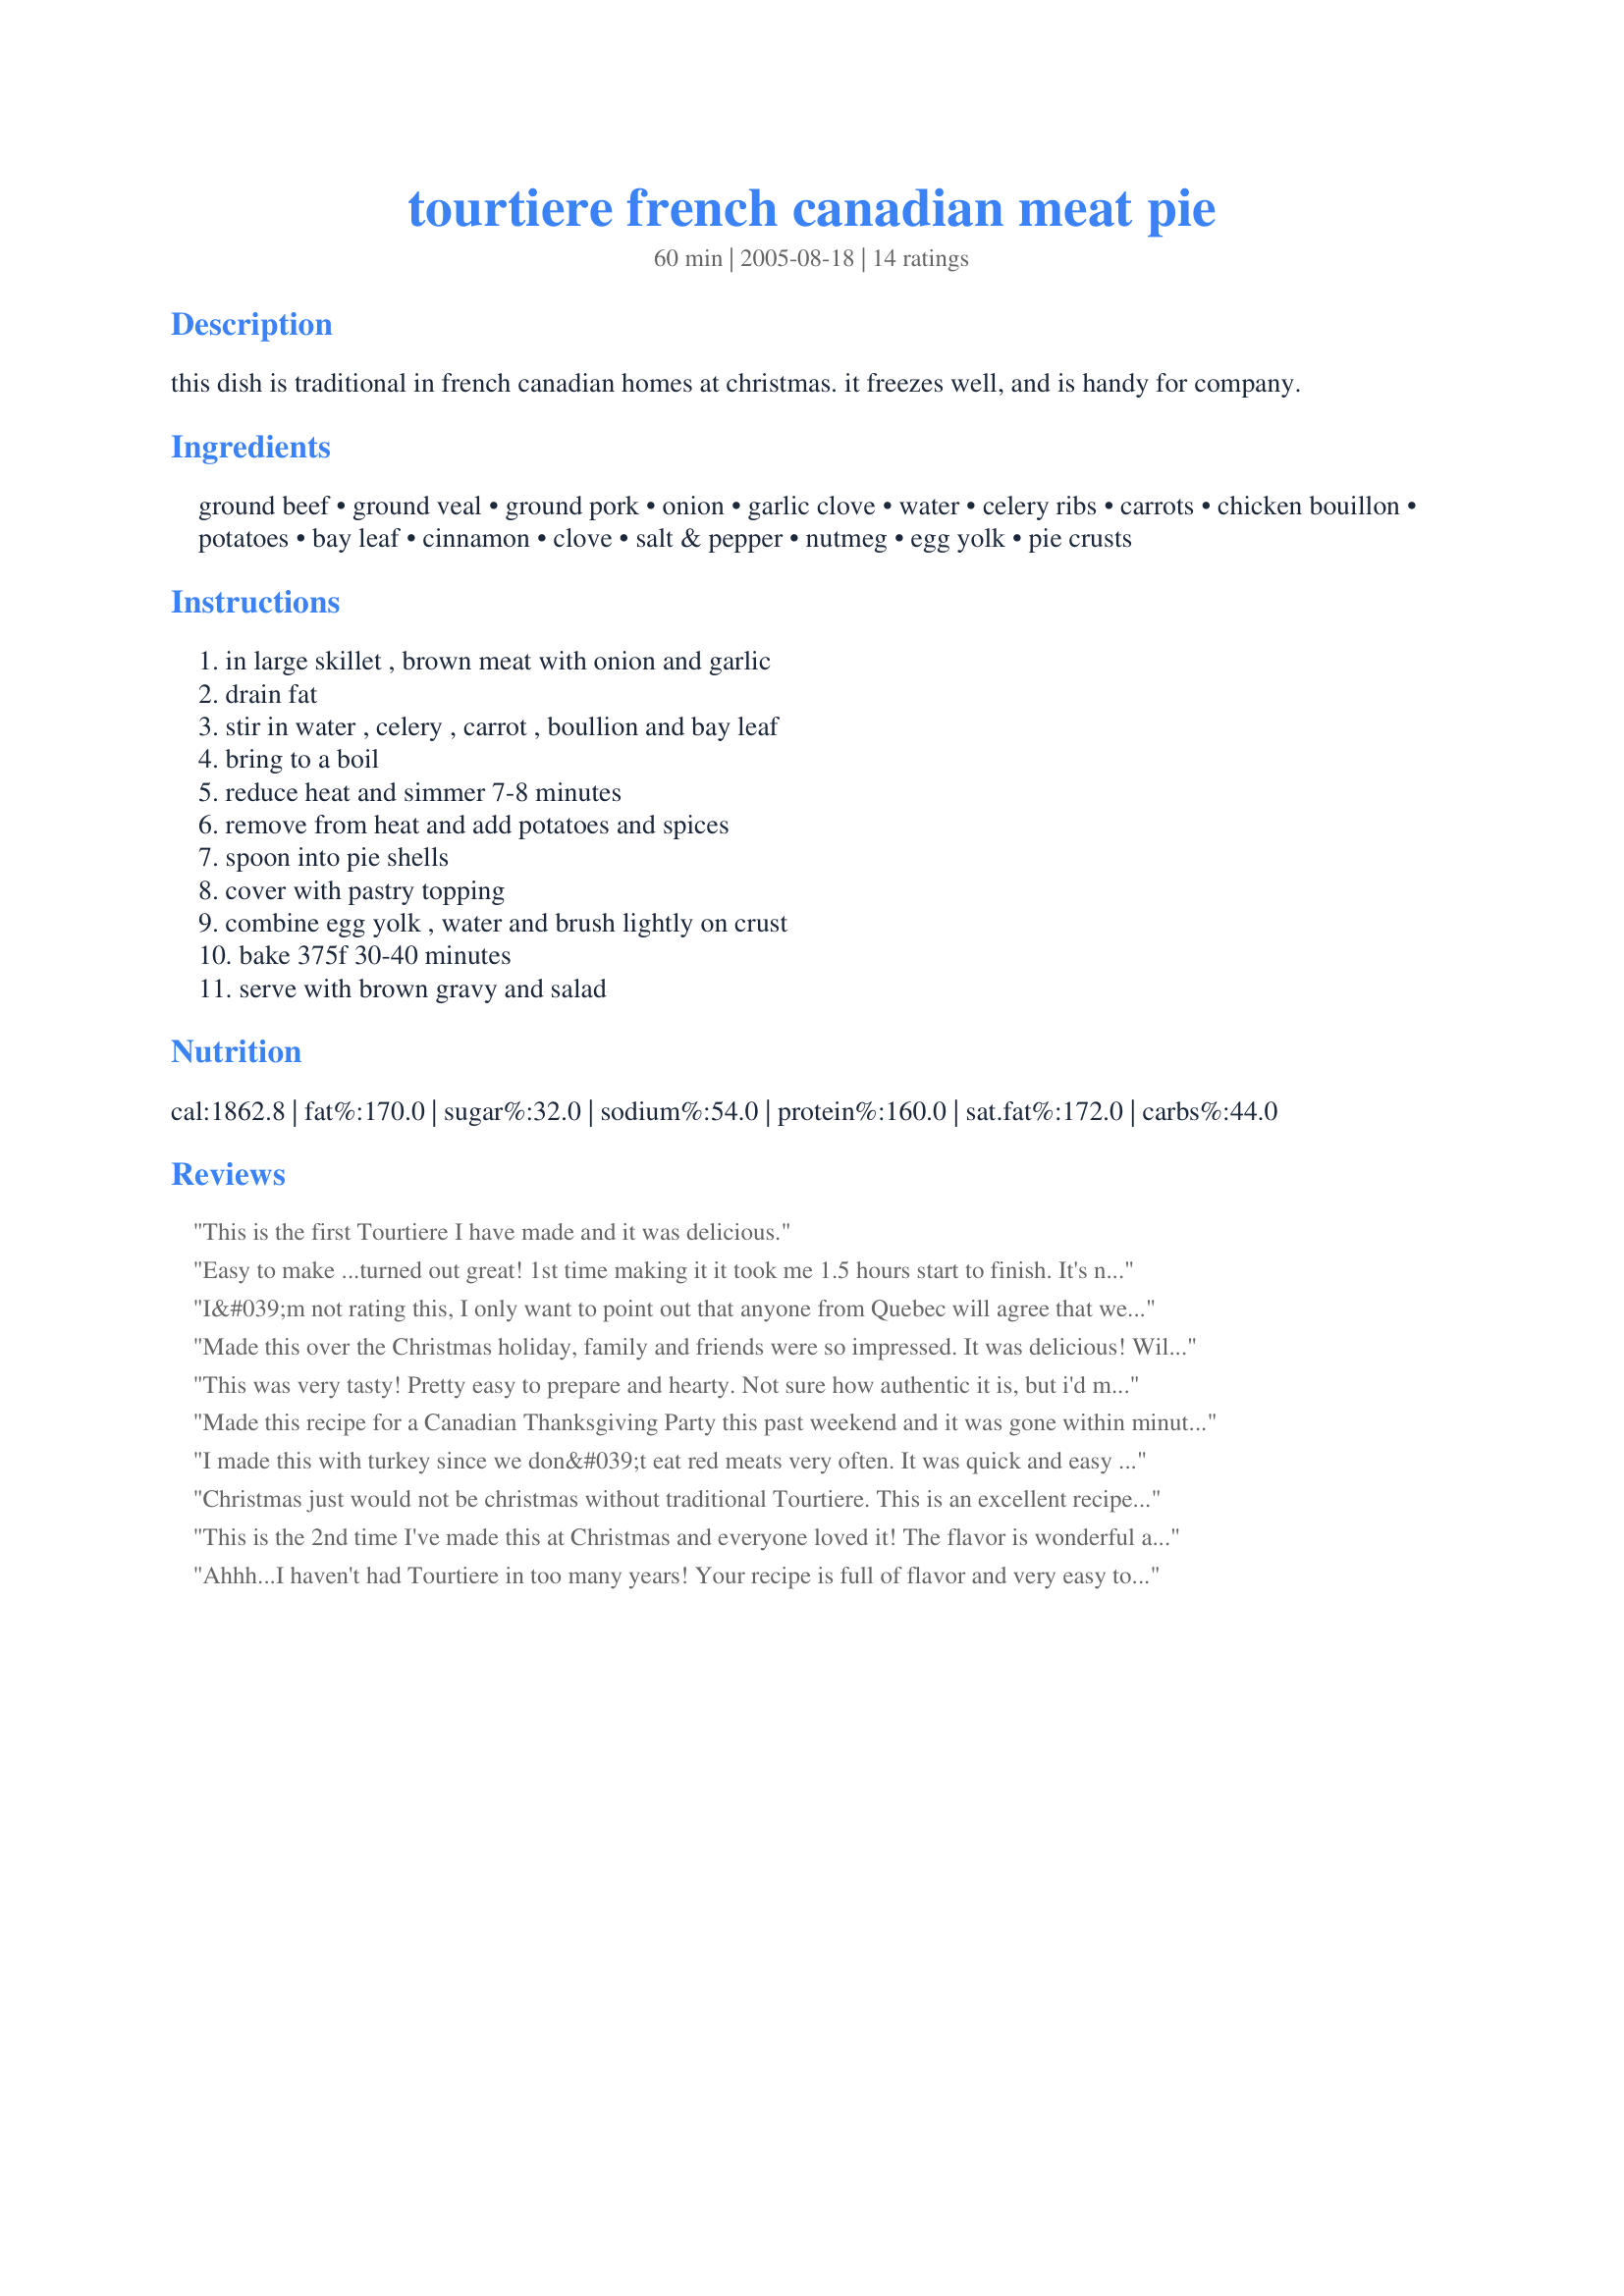
tourtiere french canadian meat pie
Preparation time: 60 minutes

this dish is traditional in french canadian homes at christmas. it freezes well, and is handy for company.

Ingredients:
ground beef, ground veal, ground pork, onion, garlic clove, water, celery ribs, carrots, chicken bouillon, potatoes, bay leaf, cinnamon, clove, salt & pepper, nutmeg, egg yolk, pie crusts

Steps:
in large skillet , brown meat with onion and garlic, drain fat, stir in water , celery , carrot , boullion and bay leaf, bring to a boil, reduce heat and simmer 7-8 minutes, remove from heat and add potatoes and spices, spoon into pie shells, cover with pastry topping, combine egg yolk , water and brush lightly on crust, bake 375f 30-40 minutes, serve with brown gravy and salad

Reviews:
This is the first Tourtiere I have made and it was delicious.
Easy to make ...turned out great! 1st time making it it took me 1.5 hours start to finish. It's not intensive....some chopping and shredding...that's about it. Everyone loved it! Big big hit and it looks like you slaved all day on it. Thanks for the recipe Tweaks I made: I used 1 pound of ground beef and 1 pound of sausage instead of the veal. Make it and thank me later.
I&#039;m not rating this, I only want to point out that anyone from Quebec will agree that we never, EVER serve gravy and lettuce with this. If you really want to put something on your tourtiere, use ketchup (homemade, ideally, but regular can work), and leave the gravy for the mashed potatoes that are the normal side dish for this.
Made this over the Christmas holiday, family and friends were so impressed. It was delicious! Will surely make this again. Thank you for sharing such a terrific recipe.
This was very tasty! Pretty easy to prepare and hearty. Not sure how authentic it is, but i'd make it again regardless. Thanks for posting!
Made this recipe for a Canadian Thanksgiving Party this past weekend and it was gone within minutes of hitting the table. I unfortunately didn't have any as I don't eat pork or veal, but everyone gave it wonderful reviews. I am going to try making this with ground turkey next time, that way I will be able to enjoy it as well. I will update my review with any notes, suggestions or changes for those who would also like to try this without the traditional beef, veal & pork. I was happy to see this recipe posted.
I made this with turkey since we don&#039;t eat red meats very often. It was quick and easy and with it making 2 pies it is great to bring for a pot luck or for when company comes. I served it at a Canadian themed dinner and it got raves. I plan to bring it to my brother&#039;s for Thanksgiving since we will be there for a couple of days. Thank you, Bluenoser, for a great recipe! We really enjoyed it! UPDATE: This past month found me on &#039;grandma duty&#039; cooking for my 2 granddaughters (ages 7 and 9 and picky eaters) and bringing them to school. I made this pie for dinner and they had THIRDS!! Yaaayyyy!!!
Christmas just would not be christmas without traditional Tourtiere. This is an excellent recipe! Thanks!
This is the 2nd time I've made this at Christmas and everyone loved it! The flavor is wonderful and I didn't use gravy. This will recipe will be a tradition from now on! Thanks!
Ahhh...I haven't had Tourtiere in too many years! Your recipe is full of flavor and very easy to make. Unfortunately, I missed the "serve with gravy" part, which would have greatly enhanced the pie, and I didn't realize that this recipe makes TWO pies! So half the filling went in the freezer for another time. Next time I'll get it right! Thanks for posting this! It's a keeper!
One word that comes to mind is "perfect"! My butcher here in Ottawa makes it easier by selling the three meats already mixed. The recipe is easy to assemble, smells wonderful while cooking, and tastes absolutely incredible! I served it with homemade beans and it was just right. It may sound a little heavy, but it sure was good. Thank you so much! An add on - I gave a pie to my neighbors who were moving so that supper that night was not a challenge for them. Their comment was "Don't change a thing! It's perfect!"
My family just loved this meat pie recipe. My Mom and her friend told me it was the best they ever had.
I'm from Montreal so I'm quite familiar with tourtiÃ¨re but this one just didn't measure up. It wasn't particularly flavorful and the texture was off. I followed the recipe exactly. I don't use a gravy. If a pie needs gravy to taste good then the pie isn't good in the first place. That's just me though.
Made this last night, it was wonderful, will make again. My husband loved it. wasn't sure about the spices but made it exactly and am very glad I did. Thank-you for the recipe.
